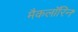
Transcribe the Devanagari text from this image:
मैकलॉरिन